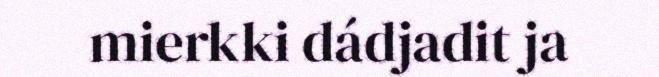
mierkki dádjadit ja